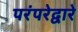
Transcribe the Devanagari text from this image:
परंपरेद्वारे